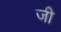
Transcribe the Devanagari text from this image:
जीे